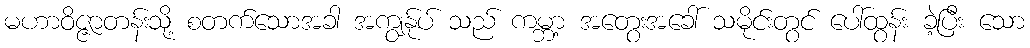
မဟာဝိဇ္ဇာတန်းသို့ စတက်သောအခါ အကျွန်ုပ် သည် ကမ္ဘာ့ အတွေးအခေါ် သမိုင်းတွင် ပေါ်ထွန်း ခဲ့ပြီး သော